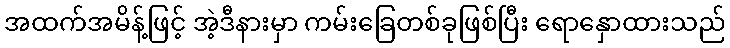
အထက်အမိန့်ဖြင့် အဲ့ဒီနားမှာ ကမ်းခြေတစ်ခုဖြစ်ပြီး ရောနှောထားသည်